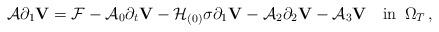
LaTeX: \begin{align*}\mathcal{A}\partial_1{\mathbf V}=\mathcal{F}-\mathcal{A}_0\partial_t{\mathbf V}-\mathcal H_{(0)}\sigma\partial_1{\mathbf V}-\mathcal{A}_2\partial_2{\mathbf V}-\mathcal{A}_3{\mathbf V}\quad\mbox{in}\,\,\,\Omega_T\,,\end{align*}